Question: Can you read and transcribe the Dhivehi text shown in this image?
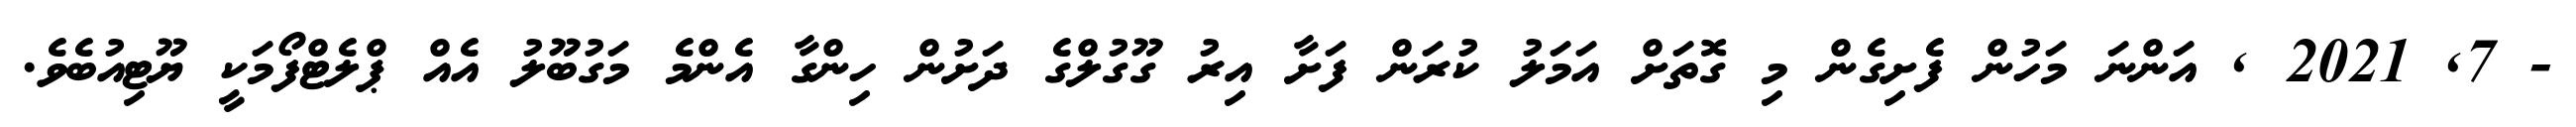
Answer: - 7, 2021 , އަންނަ މަހުން ފެށިގެން މި ގޮތަށް އަމަލު ކުރަން ފަށާ އިރު ގޫގުލްގެ ދަށުން ހިންގާ އެންމެ މަގުބޫލު އެއް ޕްލެޓްފޯމަކީ ޔޫޓިއުބެވެ.